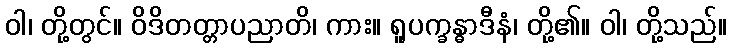
ဝါ၊ တို့တွင်။ ဝိဒိတတ္တာပညာတိ၊ ကား။ ရူပက္ခန္ဓာဒီနံ၊ တို့၏။ ဝါ၊ တို့သည်။